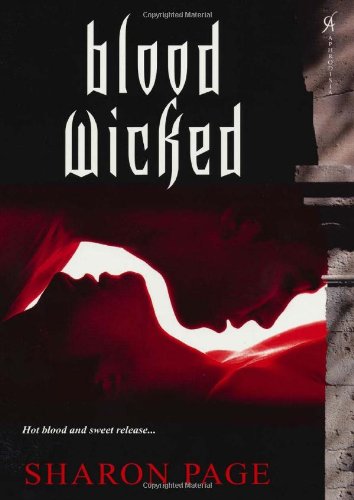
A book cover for Blood Wicked; Sharon Page; Romance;